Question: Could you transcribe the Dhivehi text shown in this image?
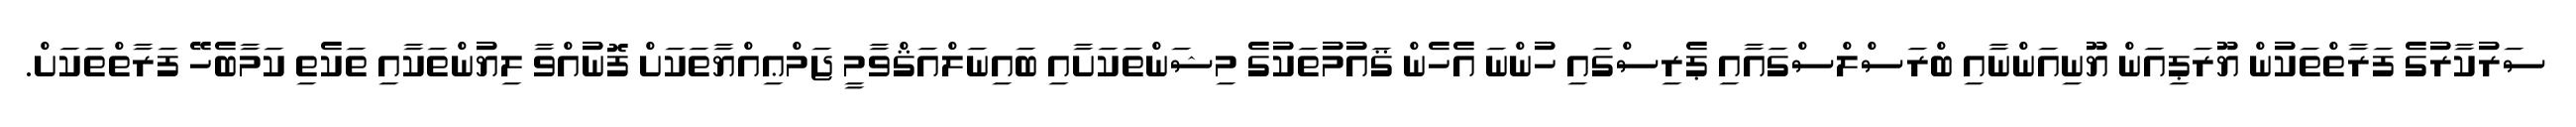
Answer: ސަރުކާރުގެ ފަރާތްތަކުން ޔޫރަޕިއަން ޔޫނިއަންނާއި ބްރަސްލްސްގައާއި ޕެރިސްގައި ހުންނަ އެހެން ޤައުމުތަކުގެ މިޝަންތަކަށާއި ބައިނަލްއަޤްވާމީ ޖަމްޢިއްޔާތަކަށް ފޮނުއްވާ ލިޔުންތަކާއި ތަކެތި ކަމާބެހޭ ފަރާތްތަކަށް.